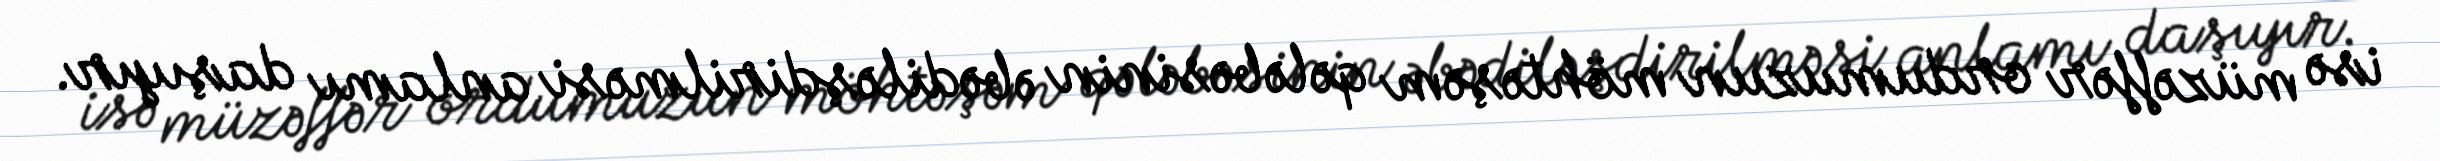
isə müzəffər ordumuzun möhtəşəm qələbəsinin əbədiləşdirilməsi anlamı daşıyır.